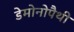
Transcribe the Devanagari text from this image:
डेमोनोपैथी